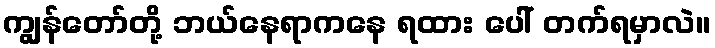
ကျွန်တော်တို့ ဘယ်နေရာကနေ ရထား ပေါ် တက်ရမှာလဲ။